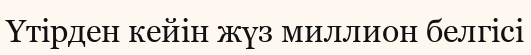
Үтірден кейін жүз миллион белгісі